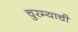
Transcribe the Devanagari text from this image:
चुरम्याची